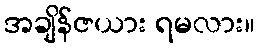
အချိန်ဇယား ရမလား။